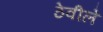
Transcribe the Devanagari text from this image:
ठेवीले